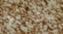
ستحبينها